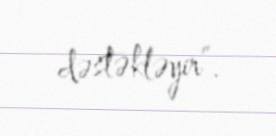
dəstəkləyir”.